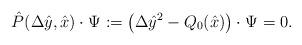
LaTeX: \begin{align*} \hat P^{}(\Delta\hat y,\hat x)\cdot\Psi^{}:= \left(\Delta\hat y^2-Q_0(\hat x)\right)\cdot\Psi^{}=0.\end{align*}